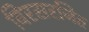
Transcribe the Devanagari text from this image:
विरसरजित